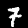
Digit: 7